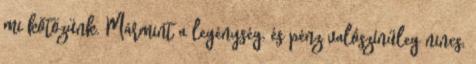
mi kötözünk. Mármint a legénység, és pénz valószínűleg nincs,